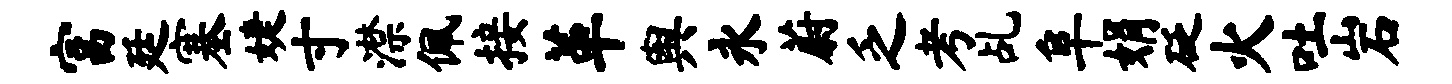
富廷塞婕寸潸佩接革舆永蔚乏考乩阜娟砭火吐岩